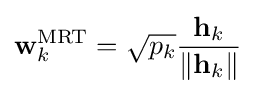
\mathbf {w} _{k}^{\mathrm {MRT} }={\sqrt {p_{k}}}{\frac {\mathbf {h} _{k}}{\|\mathbf {h} _{k}\|}}